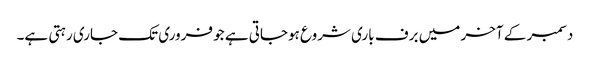
دسمبر کے آخر میں برف باری شروع ہوجاتی ہے جو فروری تک جاری رہتی ہے۔